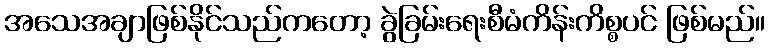
အသေအချာဖြစ်နိုင်သည်ကတော့ ခွဲခြမ်းရေးစီမံကိန်းကိစ္စပင် ဖြစ်မည်။